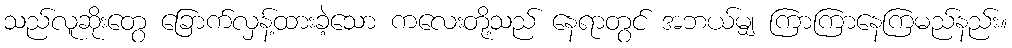
သည်လူဆိုးတွေ ခြောက်လှန့်ထားခဲ့သော ကလေးတို့သည် နေရာတွင် အဘယ်မျှ ကြာကြာနေကြမည်နည်း။